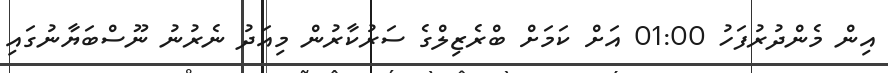
އިން މެންދުރުފަހު 01:00 އަށް ކަމަށް ބްރެޒިލްގެ ސަރުކާރުން މިއަދު ނެރުނު ނޫސްބަޔާނުގައި